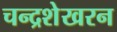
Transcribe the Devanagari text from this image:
चन्‍द्रशेखरन